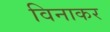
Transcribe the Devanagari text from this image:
विनाकर